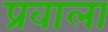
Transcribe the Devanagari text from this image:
प्रवाला